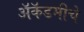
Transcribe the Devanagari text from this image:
अॅकॅडमीचे